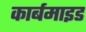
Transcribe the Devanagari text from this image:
कार्बमाइड